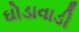
ઘોડાવાડી